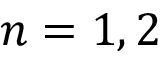
n = 1 , 2